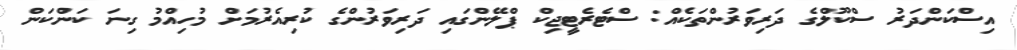
އިސްކަންދަރު ސްކޫލްގެ ދަރިވަރުންތަކެއް: ސްޓެރެޓީޖިކް ޕްލޭންގައި ދަރިވަރުންގެ ކުރިއެރުމަށް މުހިއްމު ގިނަ ކަންކަން